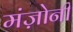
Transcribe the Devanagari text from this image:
मंज़ोनी